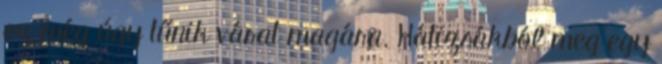
ez még úgy tűnik várat magára. Hátizsákból meg egy